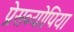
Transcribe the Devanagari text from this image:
प्रेसब्योपिया